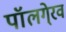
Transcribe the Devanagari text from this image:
पॉलगे्रव